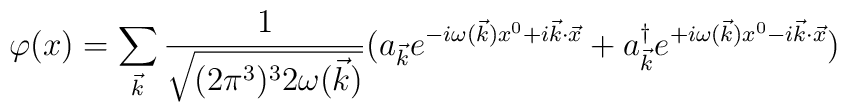
\varphi(x)=\sum_{{\vec k} }{1\over \sqrt{(2\pi^3)^3 2\omega({\vec k} )}}( a_{{\vec k} } e^{-i\omega({\vec k} ) x^0 + i{\vec k}\cdot{\vec x} }+a^{\dag} _{{\vec k} } e^{+i\omega({\vec k} ) x^0 - i{\vec k}\cdot{\vec x} })